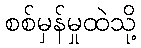
စစ်မှန်မှုထဲသို့